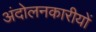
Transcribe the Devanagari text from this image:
अंदोलनकारीयों